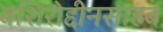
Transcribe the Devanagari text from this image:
बशिरोद्दीनसाहब